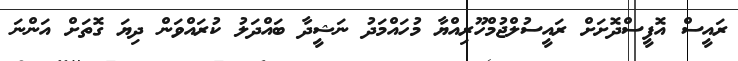
ރައީސް އޮފީސްދޮށަށް ރައީސުލްޖުމްހޫރިއްޔާ މުހައްމަދު ނަޝީދާ ބައްދަލު ކުރައްވަން ދިޔަ ގޮތަށް އަންނަ